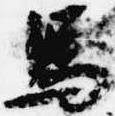
馬